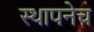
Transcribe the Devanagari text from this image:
स्थापनेच